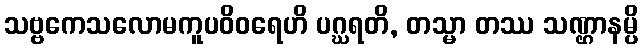
သဗ္ဗကေသလောမကူပဝိဝရေဟိ ပဂ္ဃရတိ, တသ္မာ တဿ သဏ္ဌာနမ္ပိ